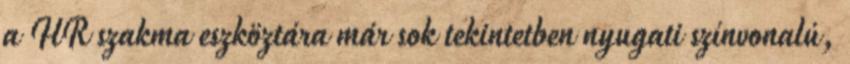
a HR szakma eszköztára már sok tekintetben nyugati színvonalú,